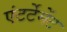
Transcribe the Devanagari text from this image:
एंटर्टेमेंट